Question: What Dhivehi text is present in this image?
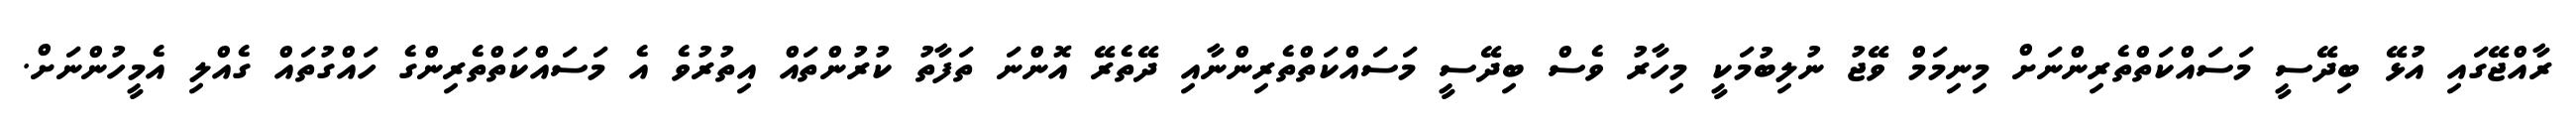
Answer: ރާއްޖޭގައި އުޅޭ ބިދޭސީ މަސައްކަތްތެރިންނަށް މިނިމަމް ވޭޖު ނުލިބުމަކީ މިހާރު ވެސް ބިދޭސީ މަސައްކަތްތެރިންނާއި ދޭތެރޭ އޮންނަ ތަފާތު ކުރުންތައް އިތުރުވެ އެ މަސައްކަތްތެރިންގެ ހައްގުތައް ގެއްލި އެމީހުންނަށް.